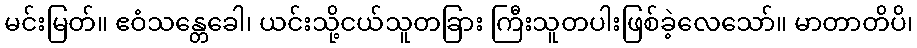
မင်းမြတ်။ ဧဝံသန္တေခေါ၊ ယင်းသို့ငယ်သူတခြား ကြီးသူတပါးဖြစ်ခဲ့လေသော်။ မာတာတိပိ၊